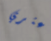
أعثري